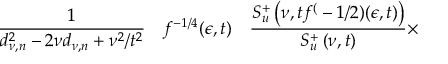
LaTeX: \frac 1 { d _ { \nu , n } ^ { 2 } - 2 \nu d _ { \nu , n } + \nu ^ { 2 } / t ^ { 2 } } \quad f ^ { - 1 / 4 } ( \epsilon , t ) \quad \frac { S _ { u } ^ { + } \left( \nu , t f ^ { ( } - 1 / 2 ) ( \epsilon , t ) \right) } { S _ { u } ^ { + } \left( \nu , t \right) } \times